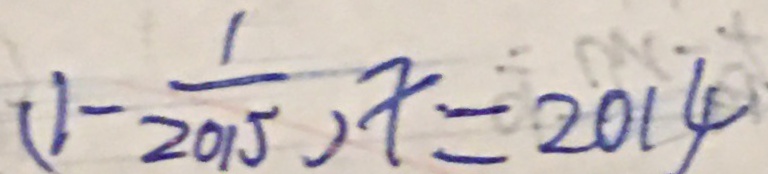
( 1 - \frac { 1 } { 2 0 1 5 } ) x = 2 0 1 4